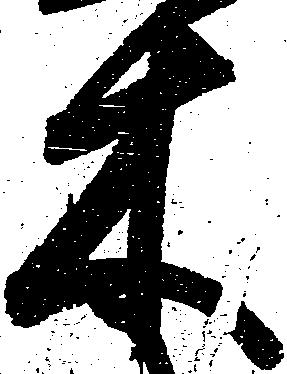
木